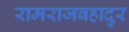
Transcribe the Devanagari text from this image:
रामराजबहादुर